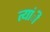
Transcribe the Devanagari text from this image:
त्यांी